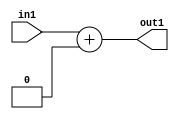
`timescale 1ps / 1ps
/*****************************************************************************
    Verilog RTL Description
    
    
    Created by: Stratus DpOpt 2019.1.01 
*******************************************************************************/

module SobelFilter_Add_4U_10_4 (
	in1,
	out1
	); /* architecture "behavioural" */ 
input [3:0] in1;
output [3:0] out1;
wire [3:0] asc001;

assign asc001 = 
	+(in1)
	+(4'B0000);

assign out1 = asc001;
endmodule

/* CADENCE  urj4Two= : u9/ySgnWtBlWxVPRXgAZ4Og= ** DO NOT EDIT THIS LINE ******/